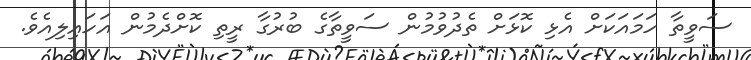
ސަވީތާ ހަމައަކަށް އެޅި ކޮޅަށް ތެދުވުމުން ސަވީތާގެ ބުރުގާ ރީތި ކޮށްދެމުން އަހައިލިއެވެ.